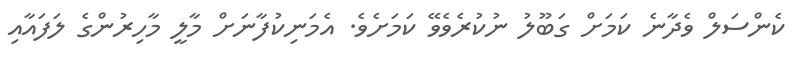
ކެންސަލް ވެދާނެ ކަމަށް ގަބޫލު ނުކުރެވެވޭ ކަމަށެވެ. އެމަނިކުފާނަށް މާލީ މާހިރުންގެ ލަފައާއި